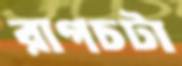
রাগচটা